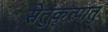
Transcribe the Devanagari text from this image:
सेतुकृत्पातु